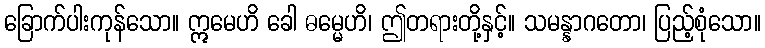
ခြောက်ပါးကုန်သော။ ဣမေဟိ ခေါ ဓမ္မေဟိ၊ ဤတရားတို့နှင့်။ သမန္နာဂတော၊ ပြည့်စုံသော။